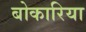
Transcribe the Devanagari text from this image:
बोकारिया